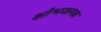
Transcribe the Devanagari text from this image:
क्षोभजनक